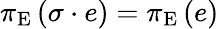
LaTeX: \pi_{\mathrm{E}}\left(\sigma\cdot e\right)=\pi_{\mathrm{E}}\left(e\right)